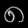
Digit: ၈